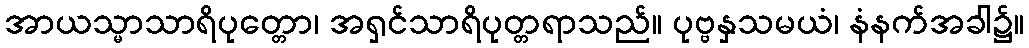
အာယသ္မာသာရိပုတ္တော၊ အရှင်သာရိပုတ္တရာသည်။ ပုဗ္ဗနှသမယံ၊ နံနက်အခါ၌။